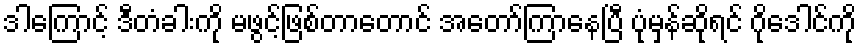
ဒါကြောင့် ဒီတံခါးကို မဖွင့်ဖြစ်တာတောင် အတော်ကြာနေပြီ ပုံမှန်ဆိုရင် ဂိုဒေါင်ကို